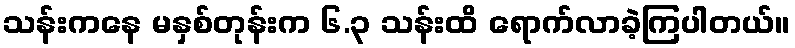
သန်းကနေ မနှစ်တုန်းက ၆.၃ သန်းထိ ရောက်လာခဲ့ကြပါတယ်။